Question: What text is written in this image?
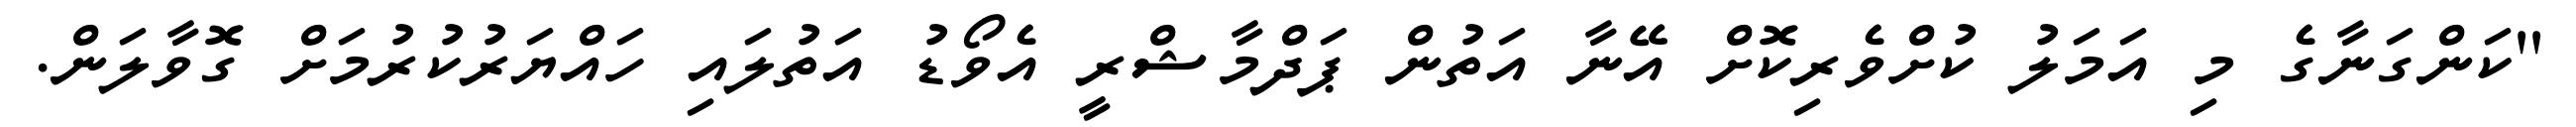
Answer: ''ކަންގަނާގެ މި އަމަލު ކުށްވެރިކޮށް އޭނާ އަތުން ޕަދްމާޝްރީ އެވޯޑު އަތުލައި ހައްޔަރުކުރުމަށް ގޮވާލަން.